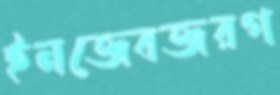
ইনজেবজরগ